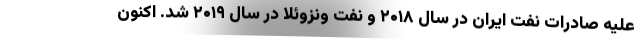
علیه صادرات نفت ایران در سال ۲۰۱۸ و نفت ونزوئلا در سال ۲۰۱۹ شد. اکنون